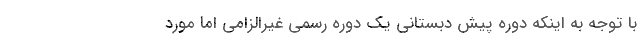
با توجه به اینکه دوره پیش دبستانی یک دوره رسمی غیرالزامی اما مورد